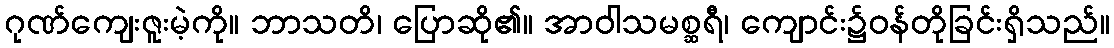
ဂုဏ်ကျေးဇူးမဲ့ကို။ ဘာသတိ၊ ပြောဆို၏။ အာဝါသမစ္ဆရီ၊ ကျောင်း၌ဝန်တိုခြင်းရှိသည်။